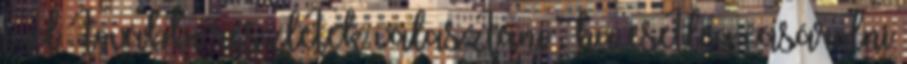
tud . további részletek választani , ha esetleg vásárolni